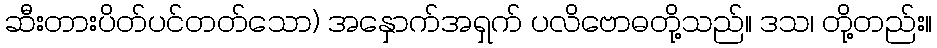
ဆီးတားပိတ်ပင်တတ်သော) အနှောက်အရှက် ပလိဗောဓတို့သည်။ ဒသ၊ တို့တည်း။